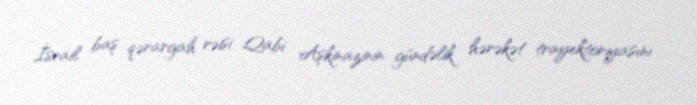
İsrail baş qərargah rəisi Qabi Aşkinazinin gündəlik hərəkət trayektoriyasını